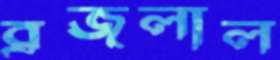
ব্রজলাল